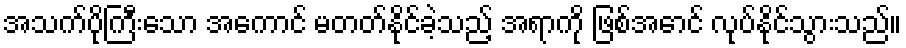
အသက်ပိုကြီးသော အကောင် မတတ်နိုင်ခဲ့သည့် အရာကို ဖြစ်အောင် လုပ်နိုင်သွားသည်။